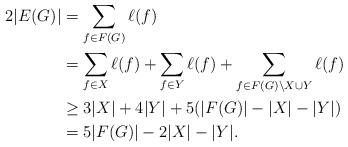
LaTeX: \begin{align*} 2|E(G)| &= \sum_{f\in{F(G)}}\ell(f) \\ &= \sum_{f \in X}\ell(f) + \sum_{f \in Y}\ell(f) + \sum_{f \in F(G)\setminus{X\cup Y}}\ell(f) \\ &\geq 3|X| + 4|Y| + 5(|F(G)| - |X| - |Y|) \\ &= 5|F(G)| - 2|X| - |Y|. \end{align*}